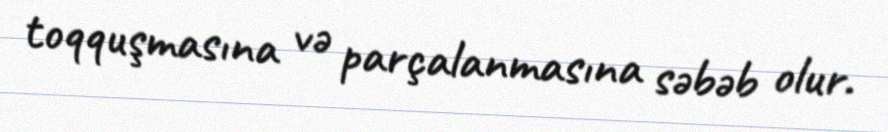
toqquşmasına və parçalanmasına səbəb olur.